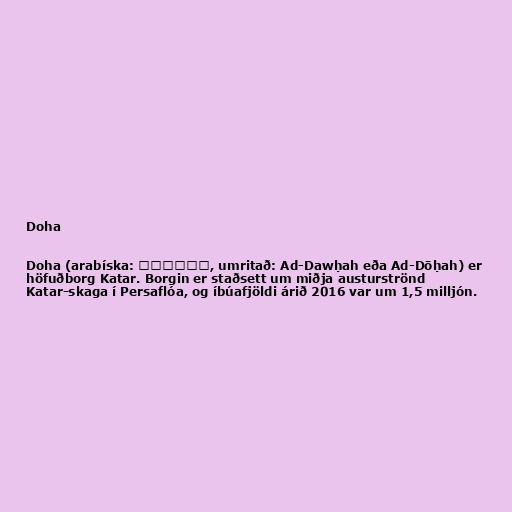
Doha

Doha (arabíska: الدوحة‎, umritað: Ad-Dawḥah eða Ad-Dōḥah) er
höfuðborg Katar. Borgin er staðsett um miðja austurströnd
Katar-skaga í Persaflóa, og íbúafjöldi árið 2016 var um 1,5 milljón.